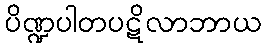
ပိဏ္ဍပါတပဋိလာဘာယ